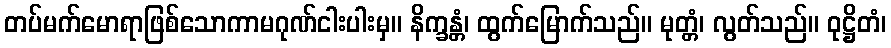
တပ်မက်မောရာဖြစ်သောကာမဂုဏ်ငါးပါးမှ။ နိက္ခန္တံ၊ ထွက်မြောက်သည်။ မုတ္တံ၊ လွတ်သည်။ ဝုဋ္ဌိတံ၊